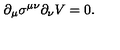
\partial _ { \mu } \sigma ^ { \mu \nu } \partial _ { \nu } V = 0 .